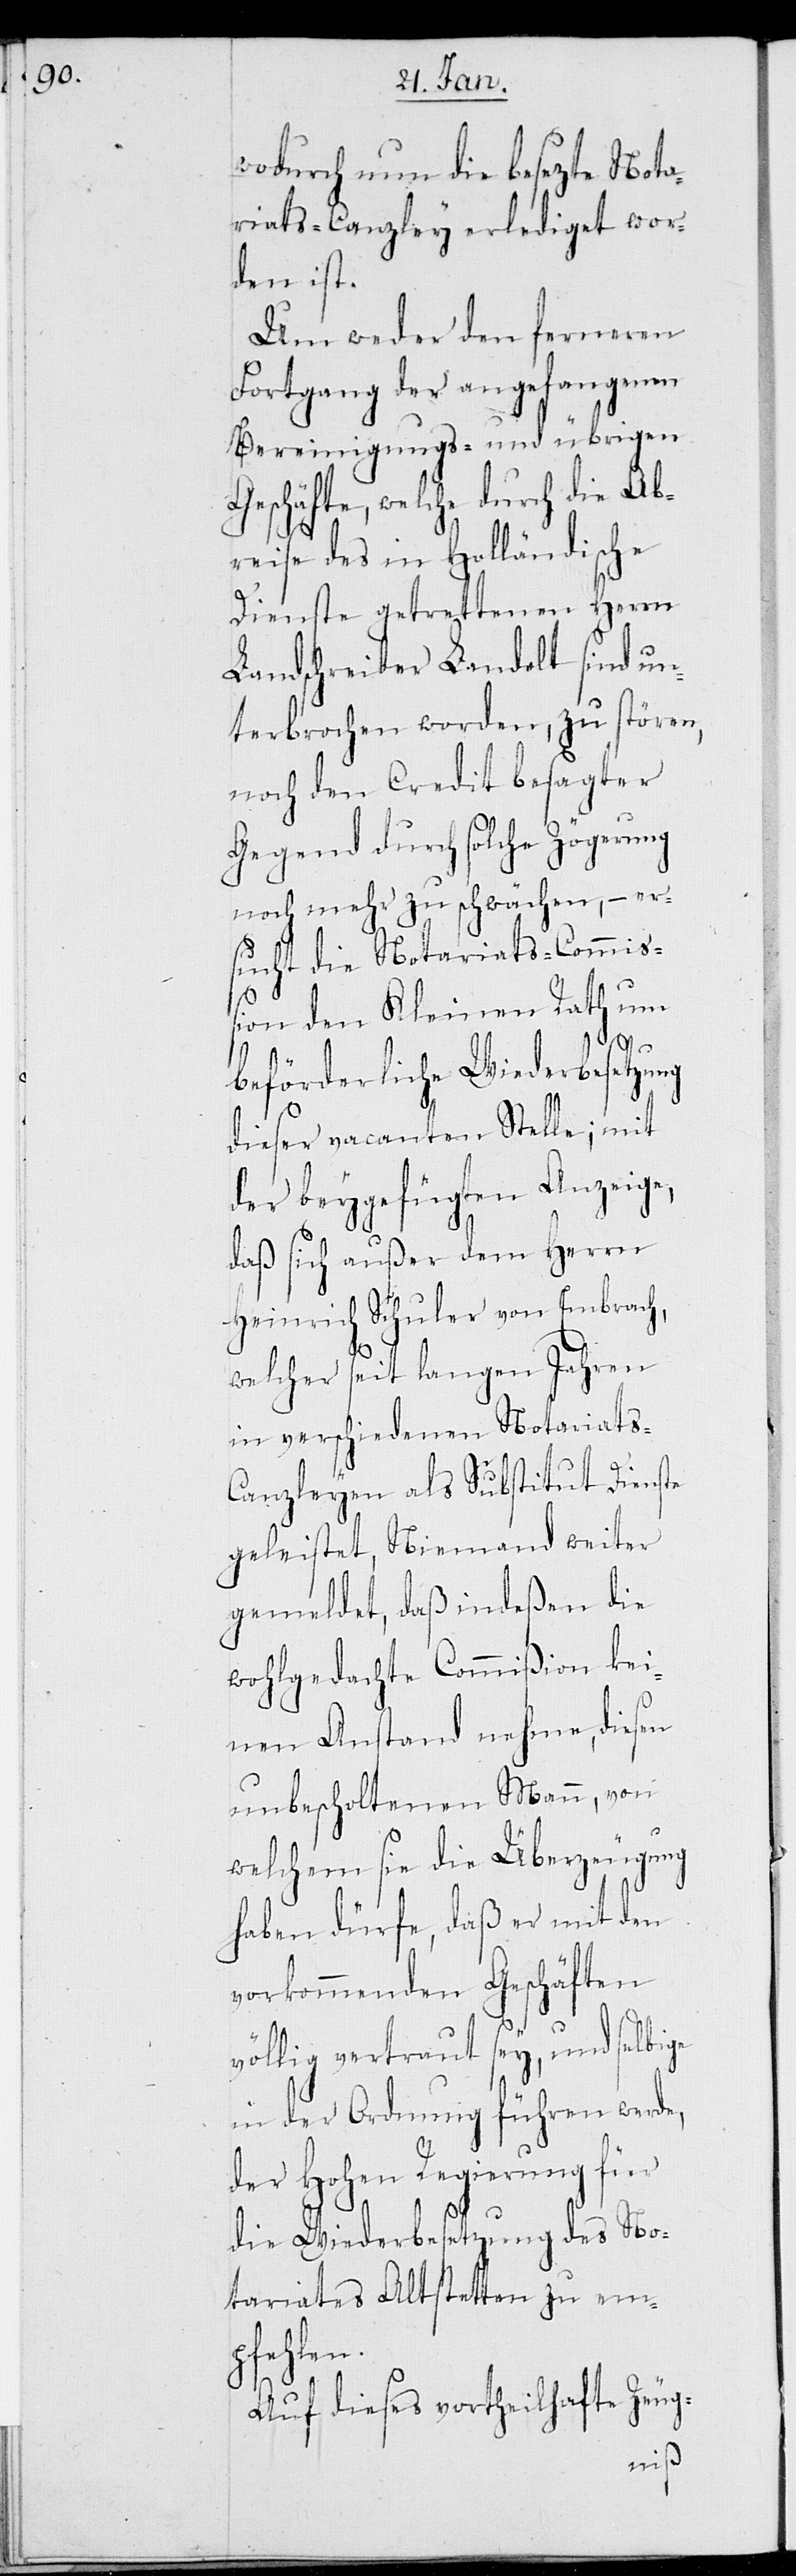
wodurch nun die besezte Nota¬
riats-Canzley erlediget wor¬
den ist.
Um weder den ferneren
Fortgang der angefangenen
Bereinigungs- und übrigen
Geschäfte, welche durch die Ab¬
reise des in Holländische
Dienste getrettenen Herrn
Landschreiber Landolt sind un¬
terbrochen worden, zu stören,
noch den Credit besagter
Gegend durch solche Zögerung
noch mehr zu schwächen, – er¬
sucht die Notariats-Commiß¬
ion den Kleinen Rath um
beförderliche Wiederbesetzung
dieser vacanten Stelle; mit
der beygefügten Anzeige,
daß sich außer dem Herrn
Heinrich Schuler von Embrach,
welcher seit langen Jahren
in verschiedenen Notariats-C¬
anzleyen als Substitut Dienste
geleistet, Niemand weiter
gemeldet, daß indeßen die
wohlgedachte Commißion kei¬
nen Anstand nehme, diesen
unbescholtenen Mann, von
welchem sie die Überzeugung
haben dürfe, daß er mit den
vorkommenden Geschäften
völlig vertraut sey, und selbige
in der Ordnung führen werde,
der Hohen Regierung für
die Wiederbesetzung des No¬
tariats Altstetten zu em¬
pfehlen.
Auf dieses vortheilhafte Zeug-